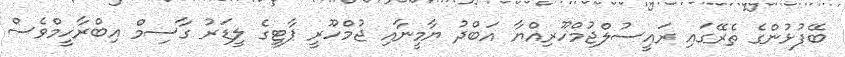
ބޭފުޅުންގެ ތެރޭގައި ރައީސުލްޖުމްހޫރިއްޔާ އަބްދު ޔާމީނާއި ޖުމްހޫރީ ޕާޓީގެ ލީޑަރު ގާސިމް އިބްރާހީމްވެސް